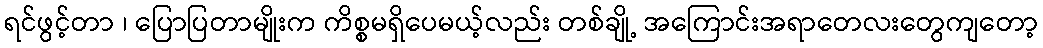
ရင်ဖွင့်တာ ၊ ပြောပြတာမျိုးက ကိစ္စမရှိပေမယ့်လည်း တစ်ချို့ အကြောင်းအရာတေလးတွေကျတော့